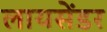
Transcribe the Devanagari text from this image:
लायसेंडर